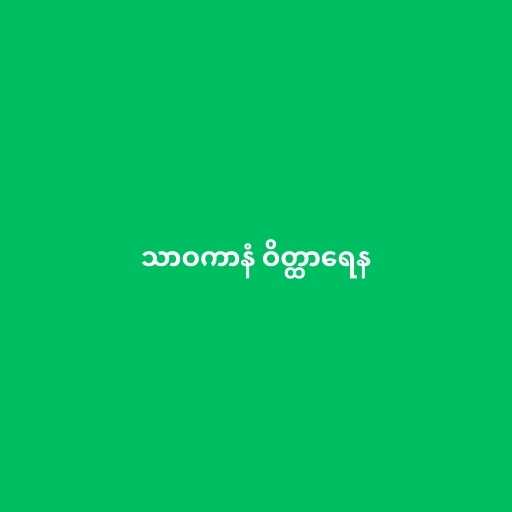
သာဝကာနံ ဝိတ္ထာရေန